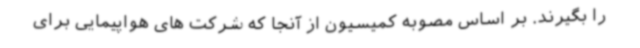
را بگیرند. بر اساس مصوبه کمیسیون از آنجا که شرکت های هواپیمایی برای